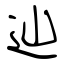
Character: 辿